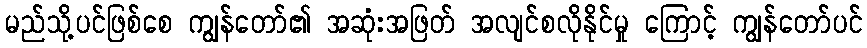
မည်သို့ပင်ဖြစ်စေ ကျွန်တော်၏ အဆုံးအဖြတ် အလျင်စလိုနိုင်မှု ကြောင့် ကျွန်တော်ပင်